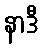
နာဒီ